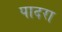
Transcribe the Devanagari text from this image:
पादरा